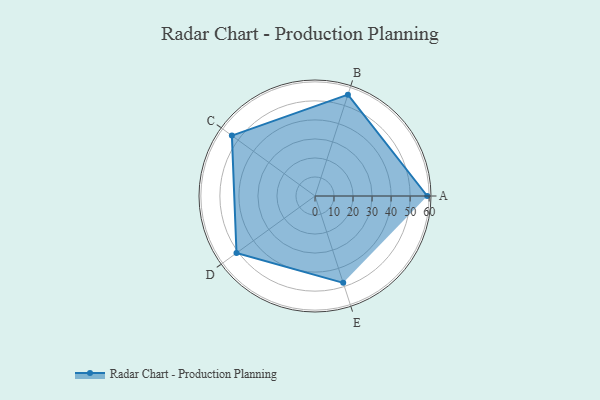
{"axis": {"x": "Skill", "y": "Score"}, "legend": ["Profile"], "data": [{"x": "A", "y": 59.0, "type": "Profile"}, {"x": "B", "y": 56.0, "type": "Profile"}, {"x": "C", "y": 54.0, "type": "Profile"}, {"x": "D", "y": 51.0, "type": "Profile"}, {"x": "E", "y": 48.0, "type": "Profile"}]}